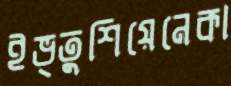
ইভ্তুশিয়েনেকা